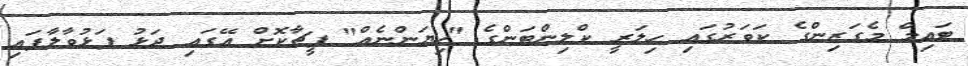
ޓައިމް މެގަޒިންގެ ކަވަރުގައި ހިލަރީ ކްލިންޓަންގެ "ހިޔަންނެއް" ފީޗާކޮށް އޭގައި ދަޅު ފަޅުވާލާފައި